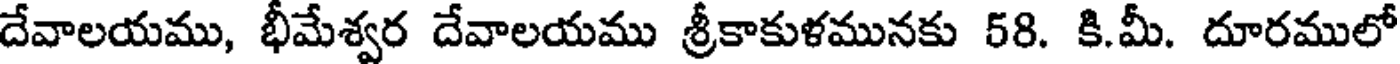
దేవాలయము, భీమేశ్వర దేవాలయము శ్రీకాకుళమునకు 58. కి.మీ. దూరములో